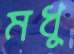
মধু